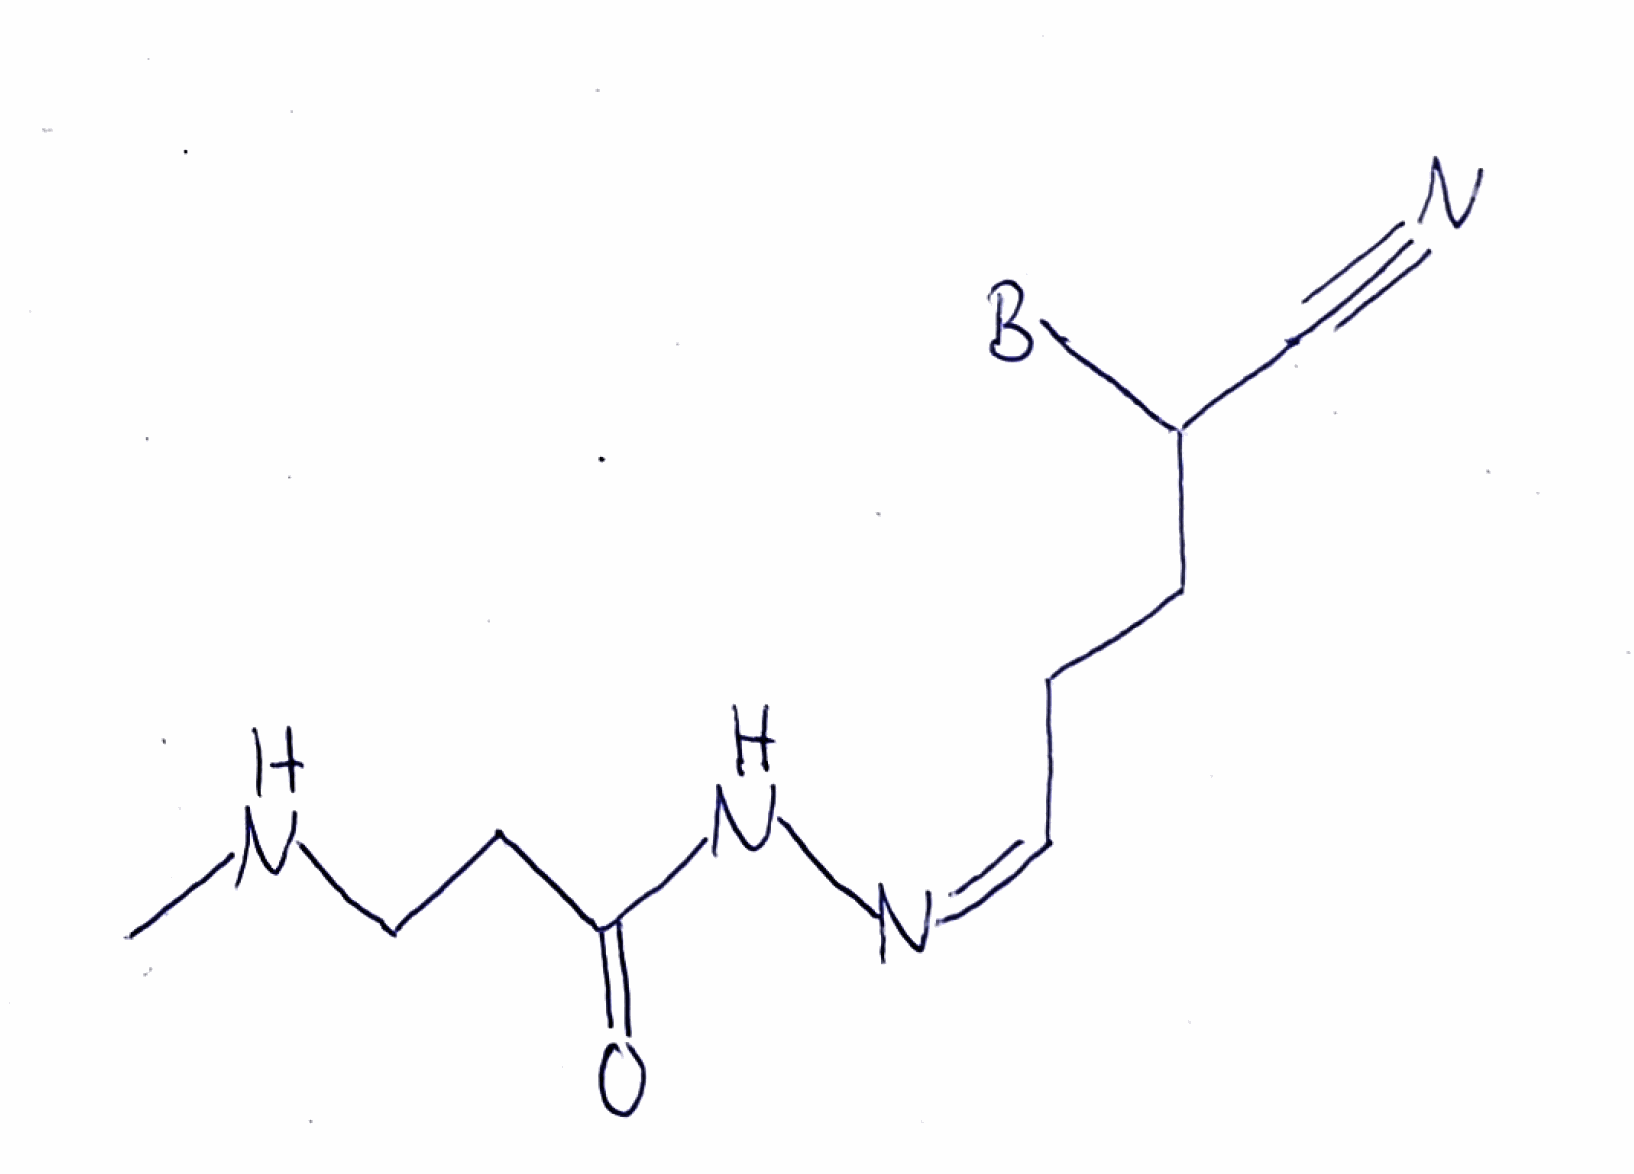
Simplified molecular-input line-entry system (SMILES) notation of the given molecule:
[B]C(CC/C=N\NC(=O)CCNC)C#N